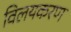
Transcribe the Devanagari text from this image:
विलयकरण